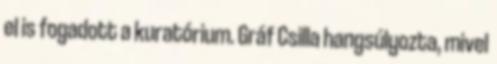
el is fogadott a kuratórium. Gráf Csilla hangsúlyozta, mivel